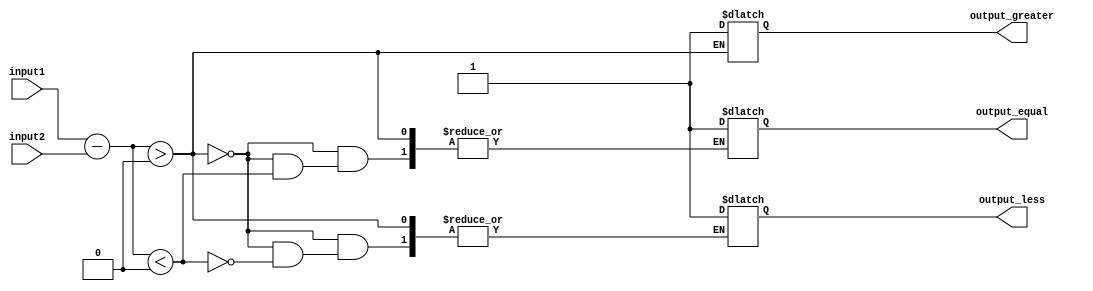
module signed_comparator(
    input signed [31:0] input1,
    input signed [31:0] input2,
    output reg output_greater,
    output reg output_equal,
    output reg output_less
);

reg [31:0] difference;
reg borrow;

always @(*) begin
    {borrow, difference} = input1 - input2;
end

always @(difference) begin
    if (difference > 0)
        output_greater = 1;
    else if (difference < 0)
        output_less = 1;
    else
        output_equal = 1;
end

endmodule